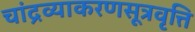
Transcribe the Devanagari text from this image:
चांद्रव्याकरणसूत्रवृत्ति